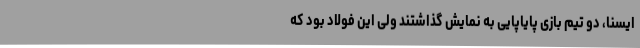
ایسنا، دو تیم بازی پایاپایی به نمایش گذاشتند ولی این فولاد بود که